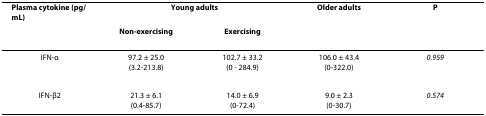
<table><thead><tr><td><b>Plasma cytokine (pg/mL)</b></td><td colspan="2"><b>Young adults</b></td><td><b>Older adults</b></td><td><b><i>P</i></b></td></tr><tr><td></td><td><b>Non-exercising</b></td><td><b>Exercising</b></td><td></td><td></td></tr></thead><tbody><tr><td>IFN-α</td><td>97.2 ± 25.0(3.2-213.8)</td><td>102.7 ± 33.2(0 - 284.9)</td><td>106.0 ± 43.4(0-322.0)</td><td><i>0.959</i></td></tr><tr><td>IFN-β2</td><td>21.3 ± 6.1(0.4-85.7)</td><td>14.0 ± 6.9(0-72.4)</td><td>9.0 ± 2.3(0-30.7)</td><td><i>0.574</i></td></tr></tbody></table>